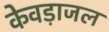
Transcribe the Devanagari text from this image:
केवड़ाजल